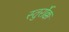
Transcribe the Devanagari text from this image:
स्तुर्रोक्क